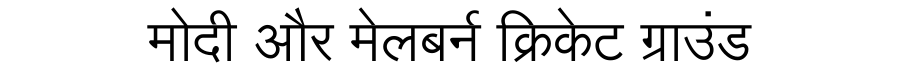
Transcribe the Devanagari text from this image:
मोदी और मेलबर्न क्रिकेट ग्राउंड